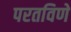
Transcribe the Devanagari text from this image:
परतविणे